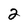
Character: 2